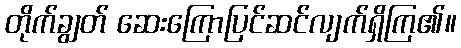
တိုက်ချွတ် ဆေးကြောပြင်ဆင်လျက်ရှိကြ၏။